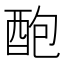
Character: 𨠖